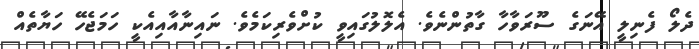
ދެލޯ ފެނިލީ އޭނަގެ ސޫރަވާހާ ގާތުންނެވެ. އެލޮލުގައިވީ ކުށްވެރިކަމެވެ. ނައިނާއާއިއެކީ ހަމަޖެހޭ ހަޔާތެއް